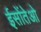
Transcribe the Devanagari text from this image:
ईसोंतेओ